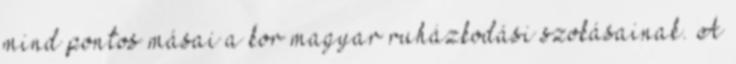
mind pontos másai a kor magyar ruházkodási szokásainak. A